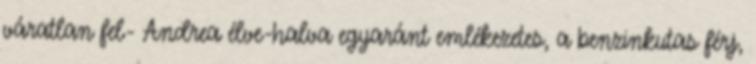
váratlan fel- Andrea élve-halva egyaránt emlékezetes, a benzinkutas férj,